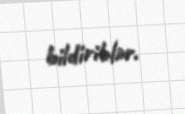
bildiriblər.